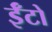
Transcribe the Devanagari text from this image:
ईँटो